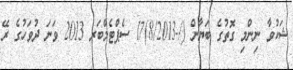
ޝަކުވާ ނިންމި ގޮތުގެ ބަޔާން (/-8/2013)17 ސެޕްޓެމްބަރ 2013 ވަނަ ދުވަހުގެ ރޭ